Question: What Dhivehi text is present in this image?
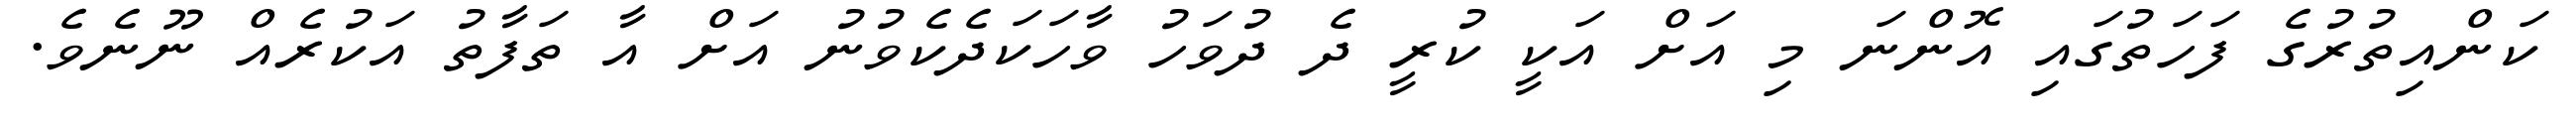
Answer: ކަންއިތުރުގެ ފަހަތުގައި އޮންނަ މި އަށް އަކީ ކުރީ ދެ ދުވަހު ވާހަކަދެކެވުނު އަށް އާ ތަފާތު އަކުރެއް ނޫނެވެ.